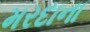
મરદાના